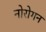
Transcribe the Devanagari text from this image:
नोरोगन